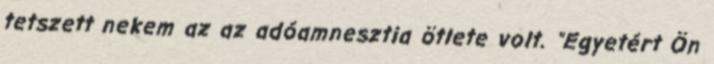
tetszett nekem az az adóamnesztia ötlete volt. "Egyetért Ön